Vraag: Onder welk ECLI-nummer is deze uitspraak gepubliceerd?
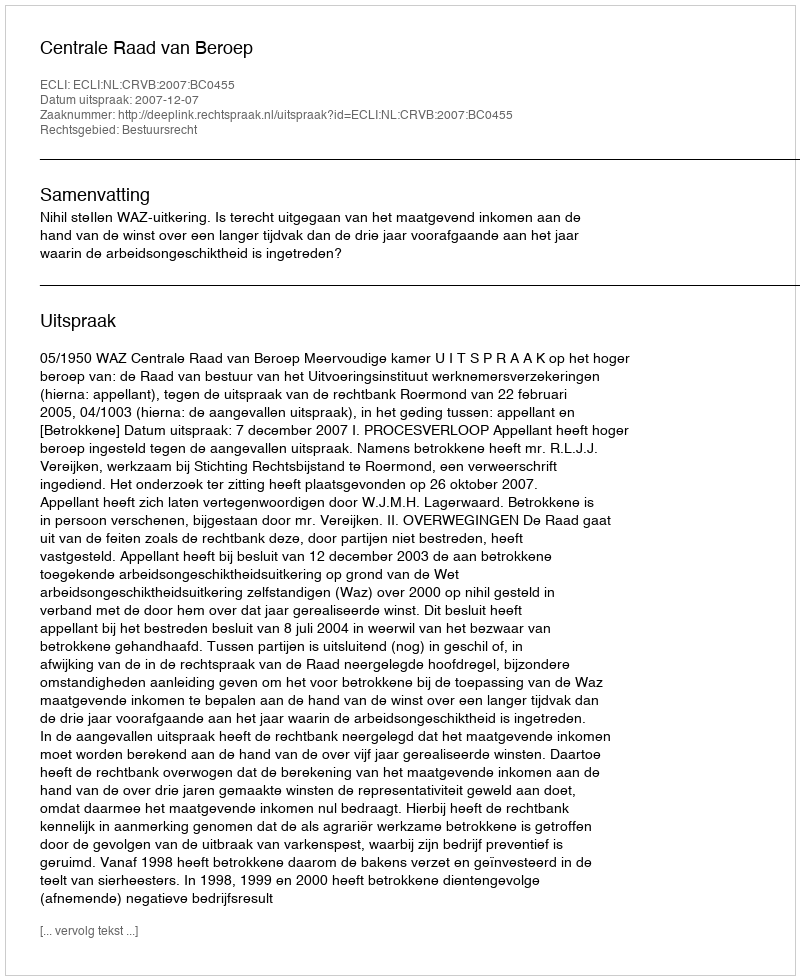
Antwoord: ECLI:NL:CRVB:2007:BC0455